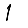
Digit: 1